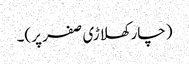
(چار کھلاڑی صفر پر)۔